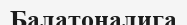
Балатоналига